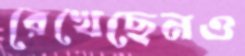
রেখেছেনও